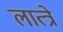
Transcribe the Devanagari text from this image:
लात्त्रे